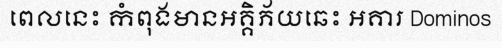
ពេលនេះ កំពុងមានអគ្គិភ័យឆេះ អគារ Dominos